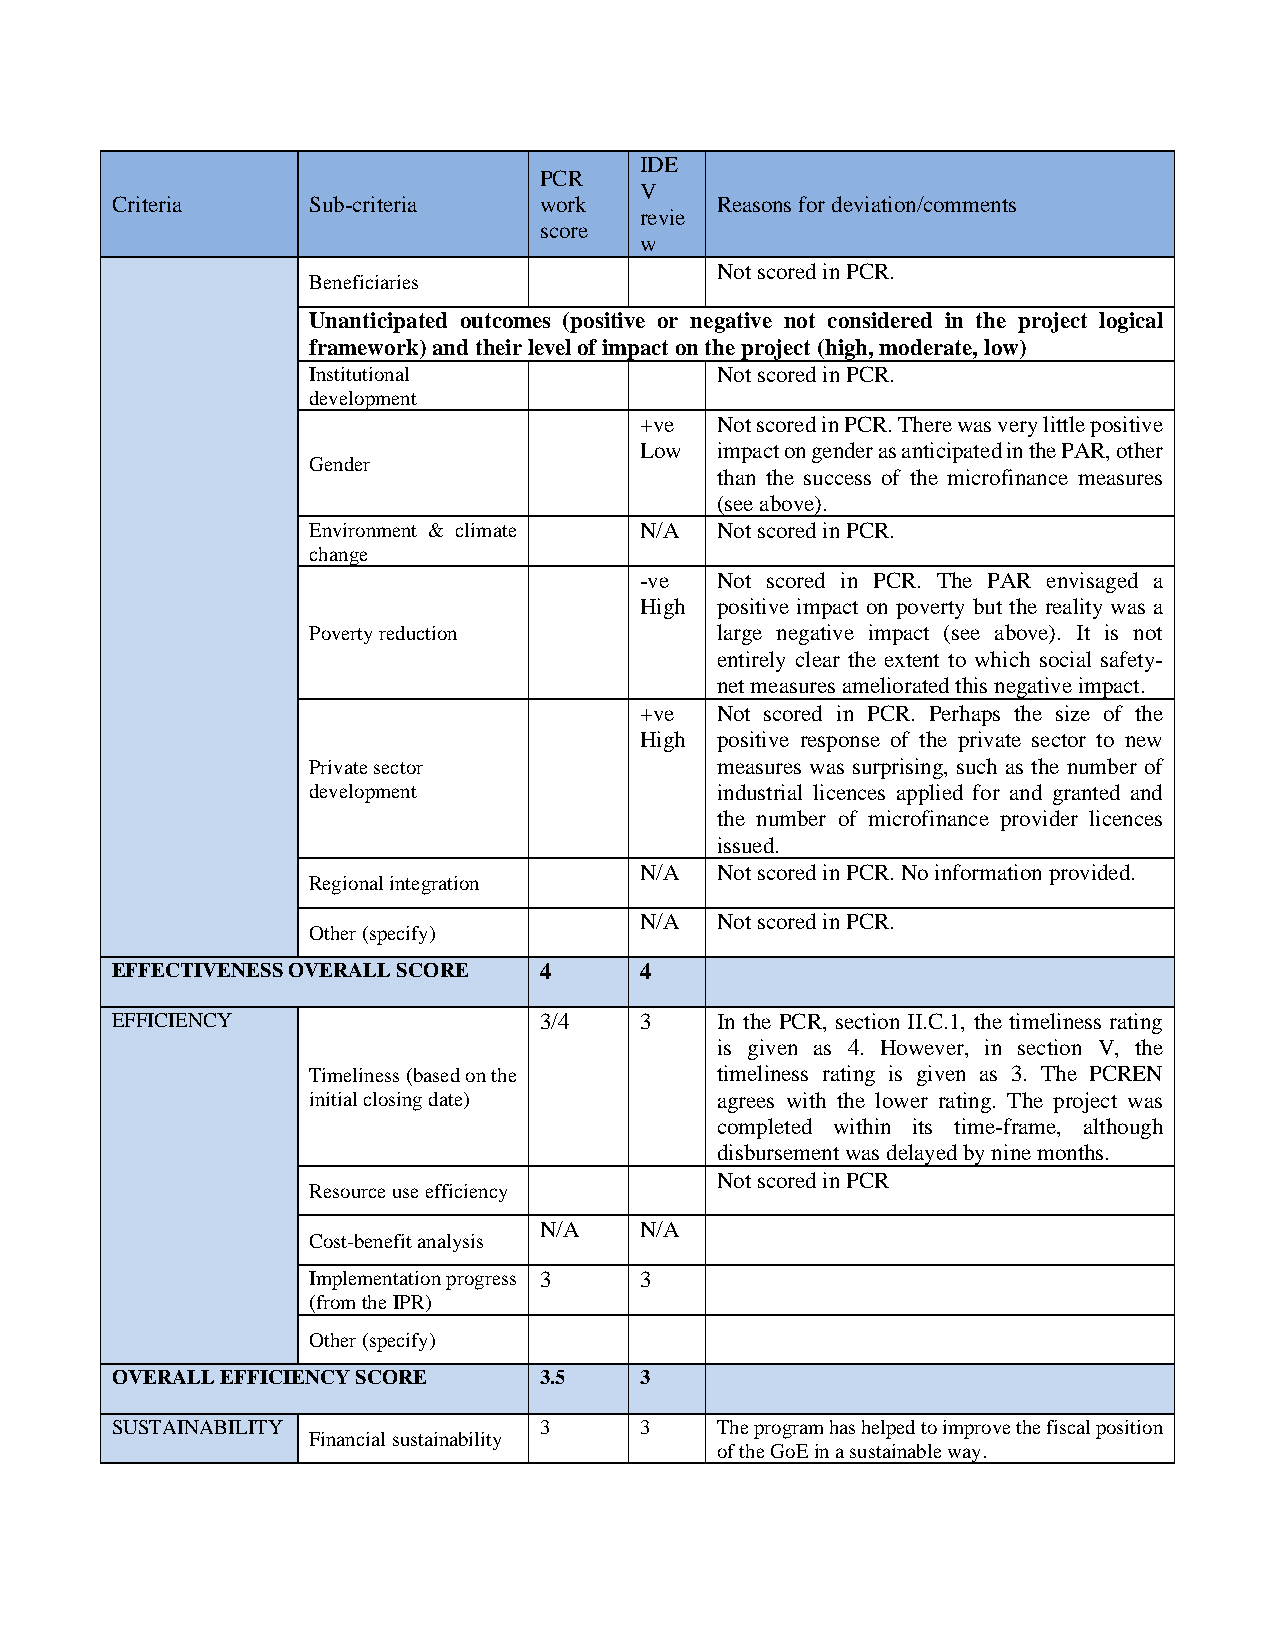
IDE
 PCR
 V
 Criteria     Sub-criteria    work       Reasons for deviation/comments
 revie
 score
 w
 Not scored in PCR.
 Beneficiaries
 Unanticipated outcomes (positive or negative not considered in the project logical
 framework) and their level of impact on the project (high, moderate, low)
 Institutional              Not scored in PCR.
 development
 +ve  Not scored in PCR. There was very little positive
 Low  impact on gender as anticipated in the PAR, other
 Gender
 than the success of the microfinance measures
 (see above).
 Environment & climate N/A  Not scored in PCR.
 change
 -ve  Not scored in PCR. The PAR envisaged a
 High positive impact on poverty but the reality was a
 Poverty reduction          large negative impact (see above). It is not
 entirely clear the extent to which social safety-
 net measures ameliorated this negative impact.
 +ve  Not scored in PCR. Perhaps the size of the
 High positive response of the private sector to new
 Private sector             measures was surprising, such as the number of
 development                industrial licences applied for and granted and
 the number of microfinance provider licences
 issued.
 N/A  Not scored in PCR. No information provided.
 Regional integration
 N/A  Not scored in PCR.
 Other (specify)
 EFFECTIVENESS OVERALL SCORE  4     4
 EFFICIENCY                   3/4   3    In the PCR, section II.C.1, the timeliness rating
 is given as 4. However, in section V, the
 Timeliness (based on the   timeliness rating is given as 3. The PCREN
 initial closing date)      agrees with the lower rating. The project was
 completed within its time-frame, although
 disbursement was delayed by nine months.
 Not scored in PCR
 Resource use efficiency
 N/A   N/A
 Cost-benefit analysis
 Implementation progress 3 3
 (from the IPR)
 Other (specify)
 OVERALL EFFICIENCY SCORE     3.5   3
 SUSTAINABILITY               3     3    The program has helped to improve the fiscal position
 Financial sustainability
 of the GoE in a sustainable way.